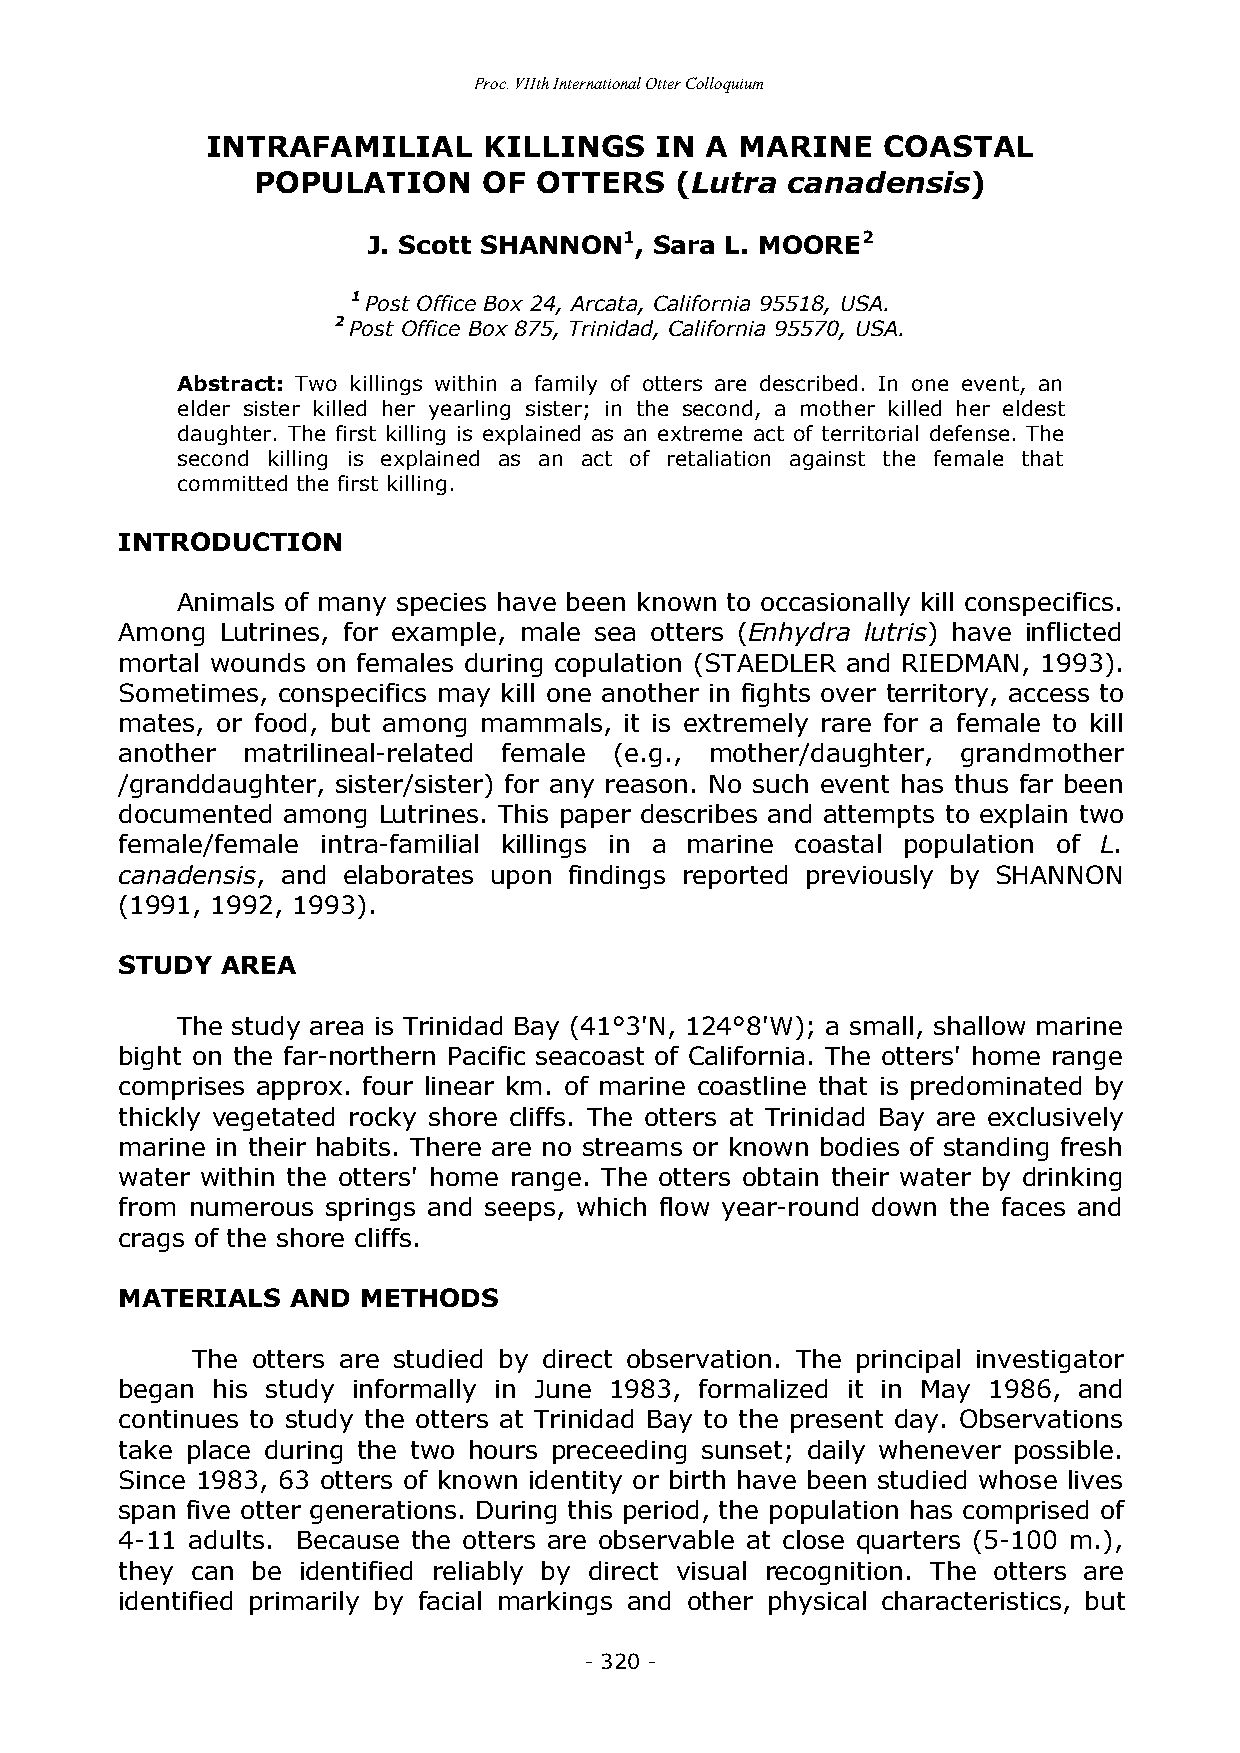
Proc. VIIth International Otter Colloquium
 INTRAFAMILIAL     KILLINGS   IN  A MARINE   COASTAL
 POPULATION     OF  OTTERS   (Lutra canadensis)
 J. Scott SHANNON1, Sara L. MOORE2
 1 Post Office Box 24, Arcata, California 95518, USA.
 2 Post Office Box 875, Trinidad, California 95570, USA.
 Abstract: Two killings within a family of otters are described. In one event, an
 elder sister killed her yearling sister; in the second, a mother killed her eldest
 daughter. The first killing is explained as an extreme act of territorial defense. The
 second killing is explained as an act of retaliation against the female that
 committed the first killing.
 INTRODUCTION
 Animals of many species have been known to occasionally kill conspecifics.
 Among  Lutrines, for example, male sea otters (Enhydra lutris) have inflicted
 mortal wounds on females during copulation (STAEDLER and RIEDMAN, 1993).
 Sometimes, conspecifics may kill one another in fights over territory, access to
 mates, or food, but among mammals, it is extremely rare for a female to kill
 another matrilineal-related female (e.g., mother/daughter, grandmother
 /granddaughter, sister/sister) for any reason. No such event has thus far been
 documented among Lutrines. This paper describes and attempts to explain two
 female/female intra-familial killings in a marine coastal population of L.
 canadensis, and elaborates upon findings reported previously by SHANNON
 (1991, 1992, 1993).
 STUDY  AREA
 The study area is Trinidad Bay (41°3'N, 124°8'W); a small, shallow marine
 bight on the far-northern Pacific seacoast of California. The otters' home range
 comprises approx. four linear km. of marine coastline that is predominated by
 thickly vegetated rocky shore cliffs. The otters at Trinidad Bay are exclusively
 marine in their habits. There are no streams or known bodies of standing fresh
 water within the otters' home range. The otters obtain their water by drinking
 from numerous springs and seeps, which flow year-round down the faces and
 crags of the shore cliffs.
 MATERIALS  AND  METHODS
 The otters are studied by direct observation. The principal investigator
 began his study informally in June 1983, formalized it in May 1986, and
 continues to study the otters at Trinidad Bay to the present day. Observations
 take place during the two hours preceeding sunset; daily whenever possible.
 Since 1983, 63 otters of known identity or birth have been studied whose lives
 span five otter generations. During this period, the population has comprised of
 4-11 adults. Because the otters are observable at close quarters (5-100 m.),
 they can be identified reliably by direct visual recognition. The otters are
 identified primarily by facial markings and other physical characteristics, but
 - 320 -